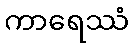
ကာရေဿံ